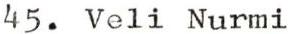
45. Veli Nurmi